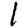
Digit: 1